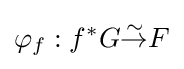
\varphi _{f}:f^{*}G{\overset {\sim }{\to }}F